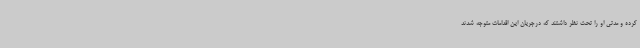
کرده و مدتی او را تحت نظر داشتند که درجریان این اقدامات متوجه شدند